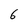
Character: 6